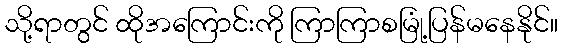
သို့ရာတွင် ထိုအကြောင်းကို ကြာကြာစမြုံ့ပြန်မနေနိုင်။